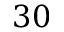
3 0